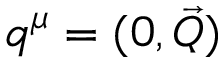
q ^ { \mu } = ( 0 , \vec { Q } )